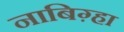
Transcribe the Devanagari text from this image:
नाबिग़्हा